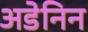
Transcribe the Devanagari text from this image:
अडेनिन